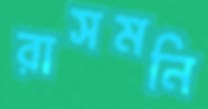
রাসমনি